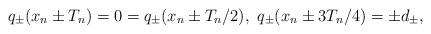
LaTeX: \begin{align*}q_{\pm}(x_n \pm T_n) = 0 = q_{\pm} (x_n \pm T_n/2), \ q_{\pm}(x_n \pm 3T_n/4) = \pm d_{\pm},\end{align*}